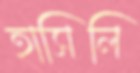
হাসিলি